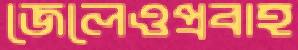
জেলেওপ্রবাহ